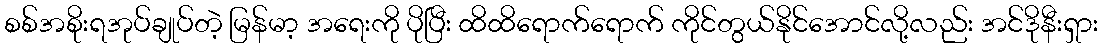
စစ်အစိုးရအုပ်ချုပ်တဲ့ မြန်မာ့ အရေးကို ပိုပြီး ထိထိရောက်ရောက် ကိုင်တွယ်နိုင်အောင်လို့လည်း အင်ဒိုနီးရှား